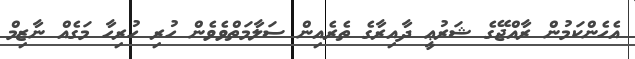
އެހެންކަމުން ރާއްޖޭގެ ޝަރުޢީ ދާއިރާގެ ތެރެއިން ސަލާމަތްވެވެން ހުރި ހުރިހާ މަގެއް ނާޒިމް